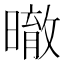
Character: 㬚